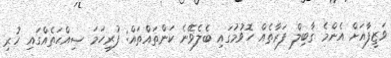
ވަޒީފާއަށް އެންމެ ޤާބިލް ފަރާތެއް ހޮވުމުގައި ބެލެވޭނެ ކަންތައްތައް: ފުރިހަމަ ޞިއްޙަތެއްގައި ހުރި